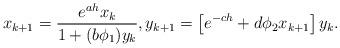
LaTeX: \begin{align*}x_{k+1} = \frac{e^{ah}x_k}{1+(b\phi_1)y_k},y_{k+1} = \left[ e^{-ch} + d\phi_2x_{k+1}\right]y_k.\end{align*}